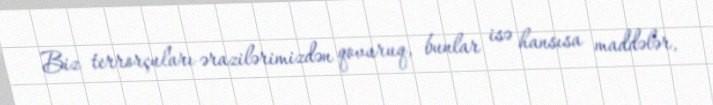
Biz terrorçuları ərazilərimizdən qovuruq, bunlar isə hansısa maddələr,